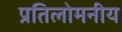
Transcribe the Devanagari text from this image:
प्रतिलोमनीय